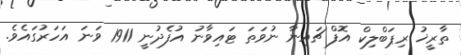
ތާރީޚު ރިޕަބްލިކް އޮފް ޗައިނާ ނުވަތަ ޓައިވާނު އުފެދުނީ 1911 ވަނަ އަހަރުގައެވެ.